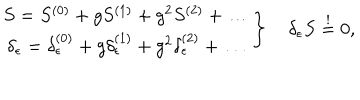
LaTeX: \left. \begin{array} { c } { { S = S ^ { ( 0 ) } + g S ^ { ( 1 ) } + g ^ { 2 } S ^ { ( 2 ) } + \dots } } \\ { { \delta _ { \epsilon } = \delta _ { \epsilon } ^ { ( 0 ) } + g \delta _ { \epsilon } ^ { ( 1 ) } + g ^ { 2 } \delta _ { \epsilon } ^ { ( 2 ) } + \dots } } \\ \end{array} \right\} \quad \delta _ { \epsilon } S \stackrel { ! } { = } 0 ,